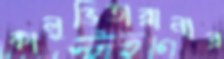
কালুভিতারানার